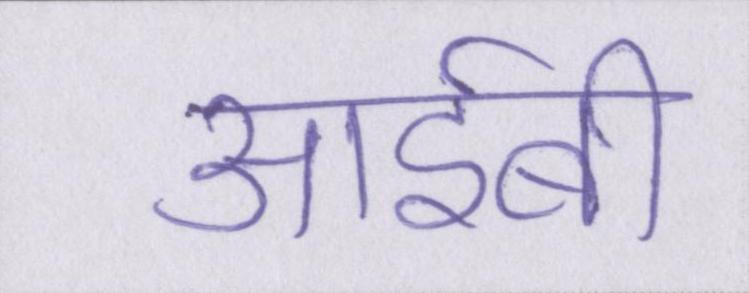
आईबी